Subject: physics
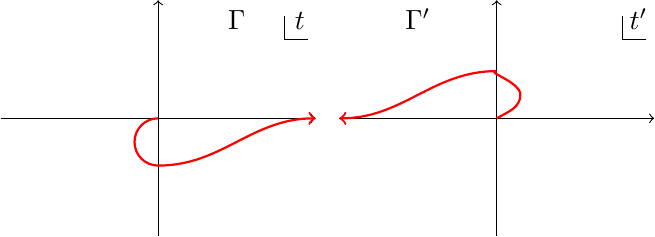
LaTeX code:
        \begin{tikzpicture}
\draw[->](-2,0)--(2,0);
\draw[->](0,-1.5)--(0,1.5);
\draw[red,thick,->](0,0)to[out=180,in=90](-0.3,-0.3)to[out=-90,in=180](0,-0.6)to[out=0,in=-180](2,0);
\draw(1.9,1)--(1.6,1)--(1.6,1.3);
\draw(1.8,1)node[above]{$t$};
\draw(1,1)node[above]{$\Gamma$};
\draw[->](2.3,0)--(6.3,0);
\draw[->](4.3,-1.5)--(4.3,1.5);
\draw[red,thick,->](4.3,0)to[out=30,in=-90](4.6,0.3)to[out=90,in=180](4.3,0.6)to[out=180,in=0](2.3,0);
\draw(1.9+4.3,1)--(1.6+4.3,1)--(1.6+4.3,1.3);
\draw(1.8+4.3,1)node[above]{$t'$};
\draw(-1+4.3,1)node[above]{$\Gamma'$};
\end{tikzpicture}